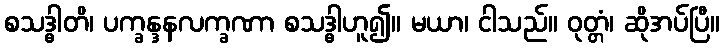
စသဒ္ဓါတိ၊ ပက္ခန္ဒနလက္ခဏာ စသဒ္ဓါဟူ၍။ မယာ၊ ငါသည်။ ဝုတ္တံ၊ ဆိုအပ်ပြီ။